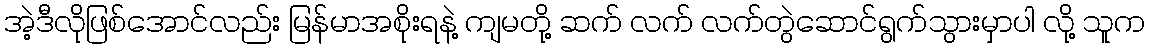
အဲ့ဒီလိုဖြစ်အောင်လည်း မြန်မာအစိုးရနဲ့ ကျမတို့ ဆက် လက် လက်တွဲဆောင်ရွက်သွားမှာပါ လို့ သူက